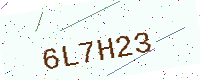
Text: 6L7H23